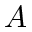
A